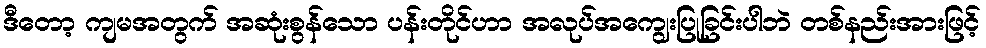
ဒီတော့ ကျမအတွက် အဆုံးစွန်သော ပန်းတိုင်ဟာ အလုပ်အကျွေးပြုခြင်းပါဘဲ တစ်နည်းအားဖြင့်